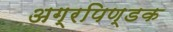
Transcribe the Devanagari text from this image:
अग्रपिण्डक